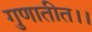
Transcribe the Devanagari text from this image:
गुणातीत।।